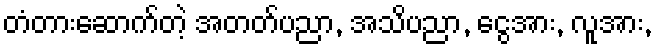
တံတားဆောက်တဲ့ အတတ်ပညာ, အသိပညာ, ငွေအား, လူအား,